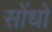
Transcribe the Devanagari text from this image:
सोंधो